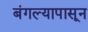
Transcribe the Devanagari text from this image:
बंगल्यापासून